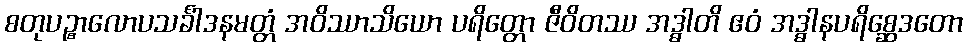
စတုပဉ္စာလောပသင်္ခါဒနမတ္တံ အဝိဿာသိယော ပရိတ္တော ဇီဝိတဿ အဒ္ဓါတိ ဧဝံ အဒ္ဓါနပရိစ္ဆေဒတော